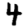
Digit: 4